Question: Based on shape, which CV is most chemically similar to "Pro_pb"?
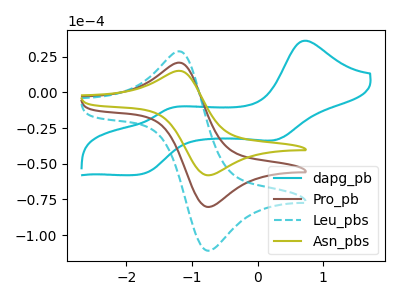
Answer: <think>The cyan curve "dapg_pb" has anodic peaks at (0.70V, 36.10uA) (-1.35V, -11.10uA) and cathodic peaks at (0.25V, -33.20uA) (-1.80V, -57.50uA). The brown curve "Pro_pb" has an anodic peak at (-1.15V, 20.50uA) and a cathodic peak at (-0.75V, -80.25uA). The cyan dashed curve "Leu_pbs" has an anodic peak at (-1.15V, 41.00uA) and a cathodic peak at (-0.75V, -160.50uA). The olive curve "Asn_pbs" has an anodic peak at (-1.15V, 14.85uA) and a cathodic peak at (-0.75V, -58.10uA).
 "dapg_pb" and "Pro_pb" have a different number of peaks. "dapg_pb" and "Leu_pbs" have a different number of peaks. "dapg_pb" and "Asn_pbs" have a different number of peaks. All the peaks in "Pro_pb" have a peak in "Leu_pbs" at the same potential. Every peak in "Pro_pb" is lower than every peak in "Leu_pbs". All the peaks in "Pro_pb" have a peak in "Asn_pbs" at the same potential. Every peak in "Pro_pb" is higher than every peak in "Asn_pbs". All the peaks in "Leu_pbs" have a peak in "Asn_pbs" at the same potential. Every peak in "Leu_pbs" is higher than every peak in "Asn_pbs".</think>
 <answer>"Pro_pb" and "Leu_pbs" have a similar shape to "Asn_pbs".</answer>
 <eval>"Pro_pb" "Leu_pbs"</eval>